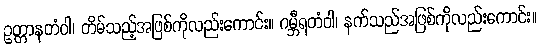
ဥတ္တာနတံဝါ၊ တိမ်သည့်အဖြစ်ကိုလည်းကောင်း။ ဂမ္ဘီရတံဝါ၊ နက်သည်အဖြစ်ကိုလည်းကောင်း။